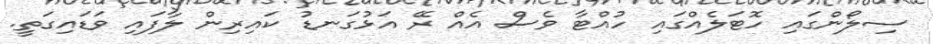
ސިލޯންގައި ހޮޓަލެއްގައި ހުއްޓާ ވެސް އެއް ރޭ އަޅުގަނޑު ކައިރިން ލާފައި ވަޑައިގަތީ.